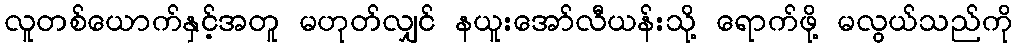
လူတစ်ယောက်နှင့်အတူ မဟုတ်လျှင် နယူးအော်လီယန်းသို့ ရောက်ဖို့ မလွယ်သည်ကို